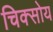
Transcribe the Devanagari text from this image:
चिक्सोय